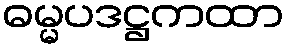
ဓမ္မပဒဋ္ဌကထာ